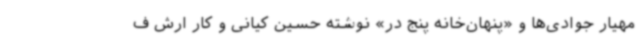
مهیار جوادی‌ها و «پنهان‌خانه پنج در» نوشته حسین کیانی و کار ارش ف